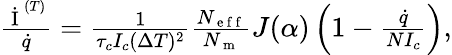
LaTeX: \begin{array}{r}{\frac{\dot{\mathrm{~I~}}^{(T)}}{\dot{q}}=\frac{1}{\tau_{c}I_{c}(\Delta T)^{2}}\frac{N_{\mathrm{~e~f~f~}}}{N_{\mathrm{~m~}}}J(\alpha)\left(1-\frac{\dot{q}}{NI_{c}}\right),}\end{array}